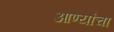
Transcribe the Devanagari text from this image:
आण्यांचा